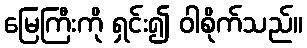
မြေကြီးကို ရှင်း၍ ဝါစိုက်သည်။